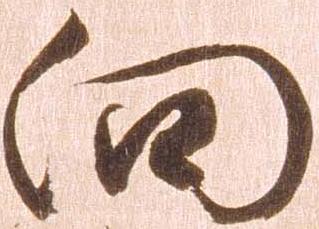
向